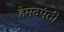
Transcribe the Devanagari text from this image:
हेमदपंती